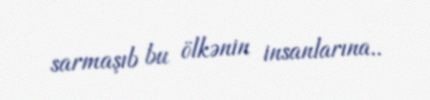
sarmaşıb bu ölkənin insanlarına..